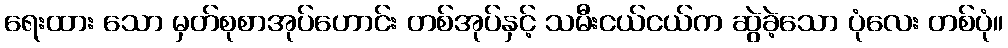
ရေးထား သော မှတ်စုစာအုပ်ဟောင်း တစ်အုပ်နှင့် သမီးငယ်ငယ်က ဆွဲခဲ့သော ပုံလေး တစ်ပုံ။